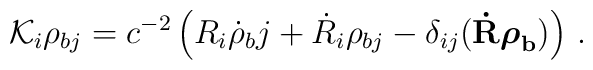
{\cal K}_i\rho_{bj} = c^{-2}\left(R_i\dot\rho{_bj} + \dot R_i\rho_{bj} -\delta_{ij}({\bf\dot R{\mbox{\boldmath$\rho$}}_b})\right)\,.